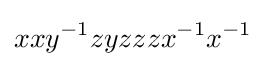
xxy^{-1}zyzzzx^{-1}x^{-1}